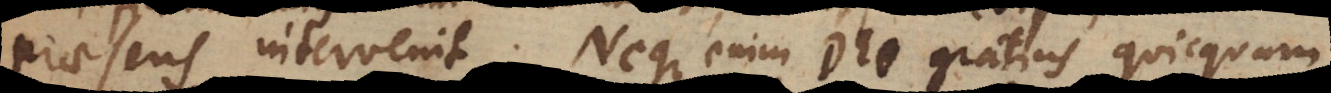
praesens intervenit. Neque enim Deo gratius quicquam